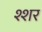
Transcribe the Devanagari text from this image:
श्शर